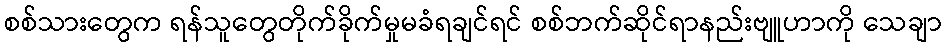
စစ်သားတွေက ရန်သူတွေတိုက်ခိုက်မှုမခံရချင်ရင် စစ်ဘက်ဆိုင်ရာနည်းဗျူဟာကို သေချာ